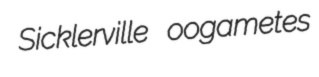
Sicklerville oogametes